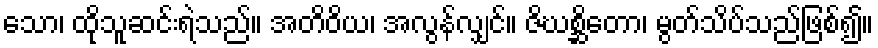
သော၊ ထိုသူဆင်းရဲသည်။ အတိဝိယ၊ အလွန်လျှင်။ ဇိဃစ္ဆိတော၊ မွတ်သိပ်သည်ဖြစ်၍။